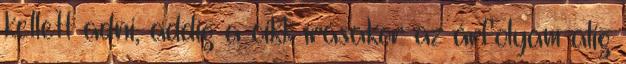
kellett adni, addig a cikk írásakor az árfolyam alig